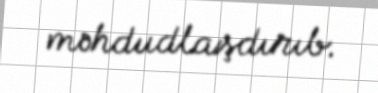
məhdudlaşdırıb.